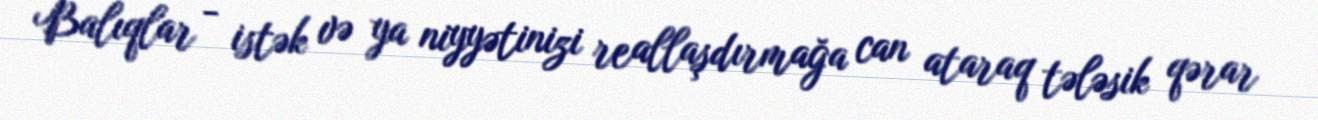
Balıqlar - istək və ya niyyətinizi reallaşdırmağa can ataraq tələsik qərar